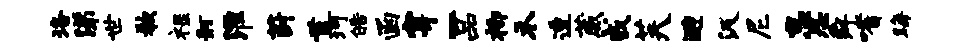
珞涕世欷禄舸淮葑首珂皓函穿-品柳禾透葳戒芙避汲尼怠思舜嗜晦